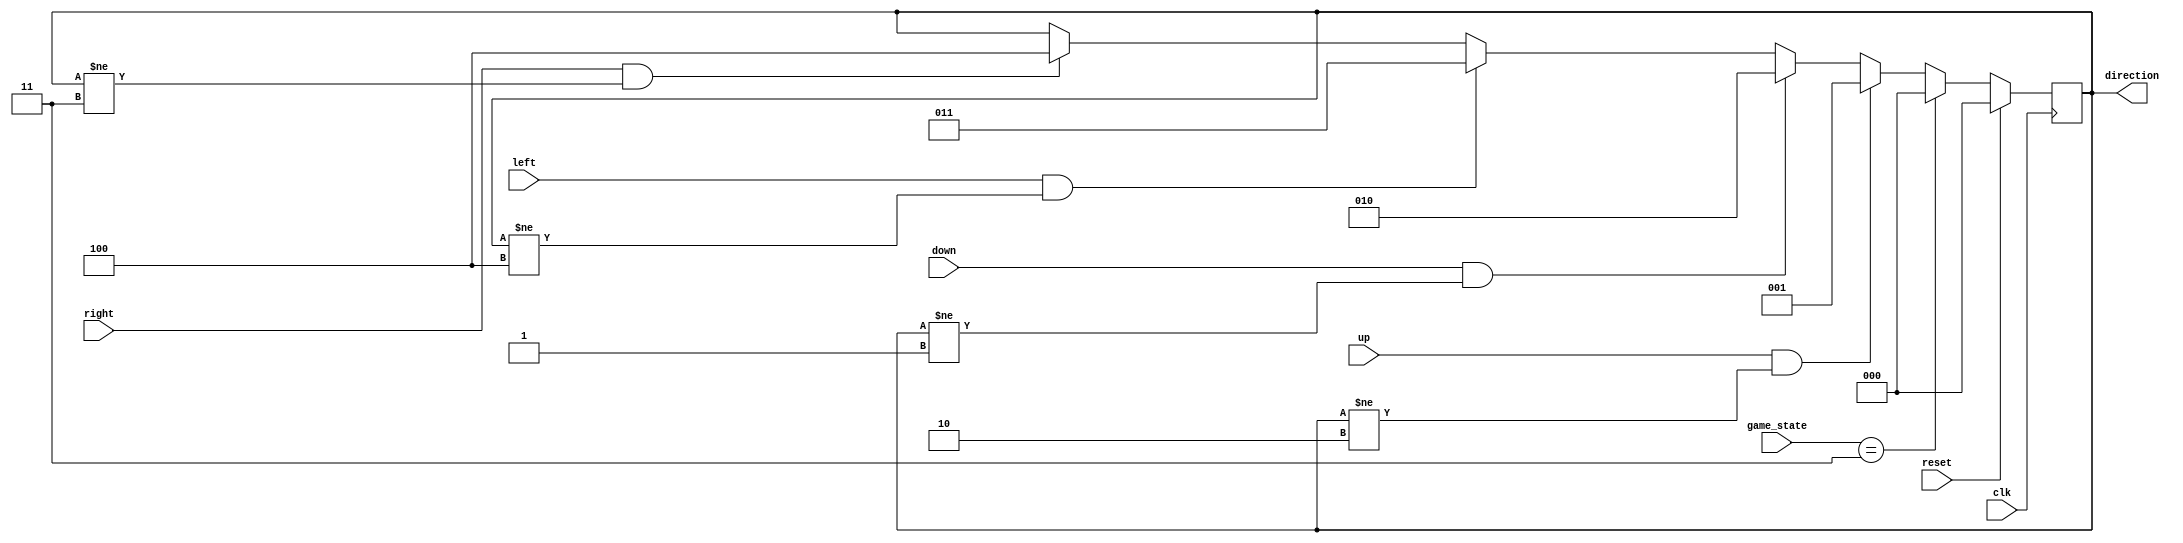
// Copyright 2024 Stefan Hirschbck
// Licensed under the Apache License, Version 2.0 (the "License");
// you may not use this file except in compliance with the License. 
// You may obtain a copy of the License at
// 
// http://www.apache.org/licenses/LICENSE2.0
// 
// Unless required by applicable law or agreed to in writing, software
// distributed under the License is distributed on an "AS IS" BASIS,
// WITHOUT WARRANTIES OR CONDITIONS OF ANY KIND, either express or implied. See the License for the specific language governing permissions and
// limitations under the License.

`default_nettype none

module snake_control (
    input clk,
    input wire reset,
    input wire up,
    input wire down,
    input wire left,
    input wire right,
    input wire [1:0] game_state,
    output wire[2:0] direction // 000 no movement, 001 up, 010 down, 011 left, 100 right
);

localparam IDLE = 3'b000;
localparam UP = 3'b001;
localparam DOWN = 3'b010;
localparam LEFT = 3'b011;
localparam RIGHT = 3'b100;

//states game
localparam GAME_OVER = 2'b11;

reg[2:0] state, next_state;

always @(posedge clk) begin 
    if (reset) begin
        state <= IDLE;
    end else begin
        state <= next_state;
    end
end

always @(state, up, down, left, right, game_state) begin
    next_state = state;
    // snake cant run into its own body by changing direction
    if (up && state != DOWN) begin
        next_state = UP;
    end else if (down && state != UP) begin
        next_state = DOWN;
    end else if (left && state != RIGHT) begin
        next_state = LEFT;
    end else if (right && state != LEFT) begin
        next_state = RIGHT;
    end else begin
        next_state = state;
    end
    if (game_state == GAME_OVER) begin
        next_state = IDLE;
    end
end

assign direction = state;

endmodule